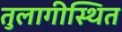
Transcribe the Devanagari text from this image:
तुलागीस्थित